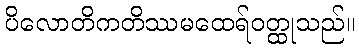
ပိလောတိကတိဿမထေရ်ဝတ္ထုသည်။